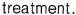
treatment.